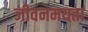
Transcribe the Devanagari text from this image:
जीवनमयता